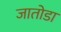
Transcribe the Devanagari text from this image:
जातोडा